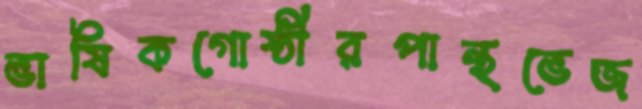
ভাষিকগোষ্ঠীরপান্থভেজ